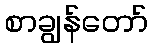
စာချွန်တော်